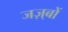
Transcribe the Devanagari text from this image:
जज़्बों